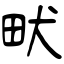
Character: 畎